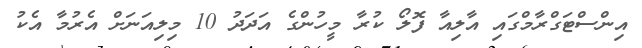
އިންސްޓަގްރާމްގައި އާލިއާ ފޮލޯ ކުރާ މީހުންގެ އަދަދު 10 މިލިއަނަށް އެރުމާ އެކު